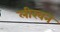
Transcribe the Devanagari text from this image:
लीखन